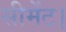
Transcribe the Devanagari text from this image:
सीमेंट।